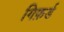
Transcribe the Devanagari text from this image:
गिफ़र्ड